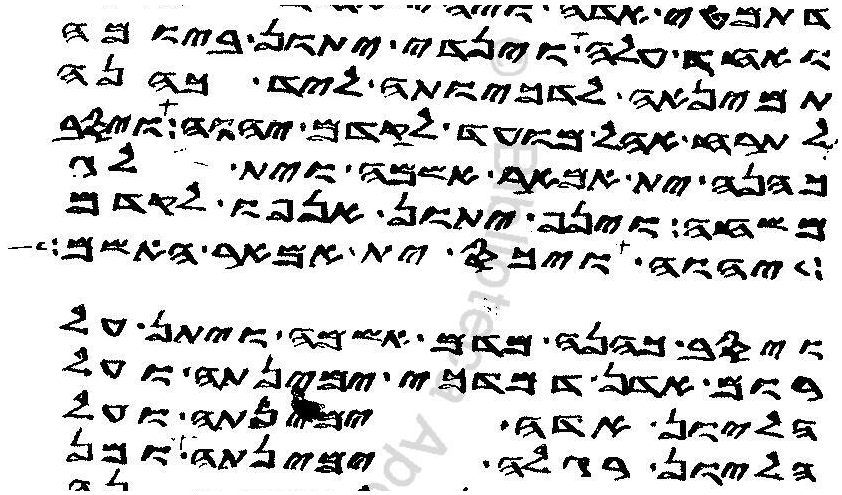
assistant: ואחד עלה וינדי יתון ביומה
תמינאה לדכיותה ליד כהנה
לתרח אהל מועד לקדם יהוה ויסב
כהנה ית אמאר אשמה וית לג
משחה וינף יתון אנפו לקדם
יהוה ויכס ית אמאר האשם
ויסב כהנה מדם אשמה ויתן על
רום אדן דמדכי ימינתה ועל
הליון אדה ימינתה ועל
הליון רגלה ימינתה ומן